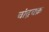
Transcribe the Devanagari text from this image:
चांद्रचक्र